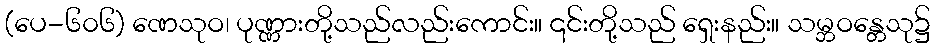
(ပေ-၆၀၆) ဏေသုဝ၊ ပုဏ္ဏားတို့သည်လည်းကောင်း။ ၎င်းတို့သည် ရှေးနည်း။ သမ္ဘဝန္တေသု၌